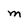
Character: M